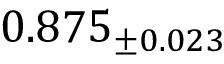
0 . 8 7 5 _ { \pm 0 . 0 2 3 }